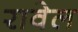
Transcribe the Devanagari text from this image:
रावेल